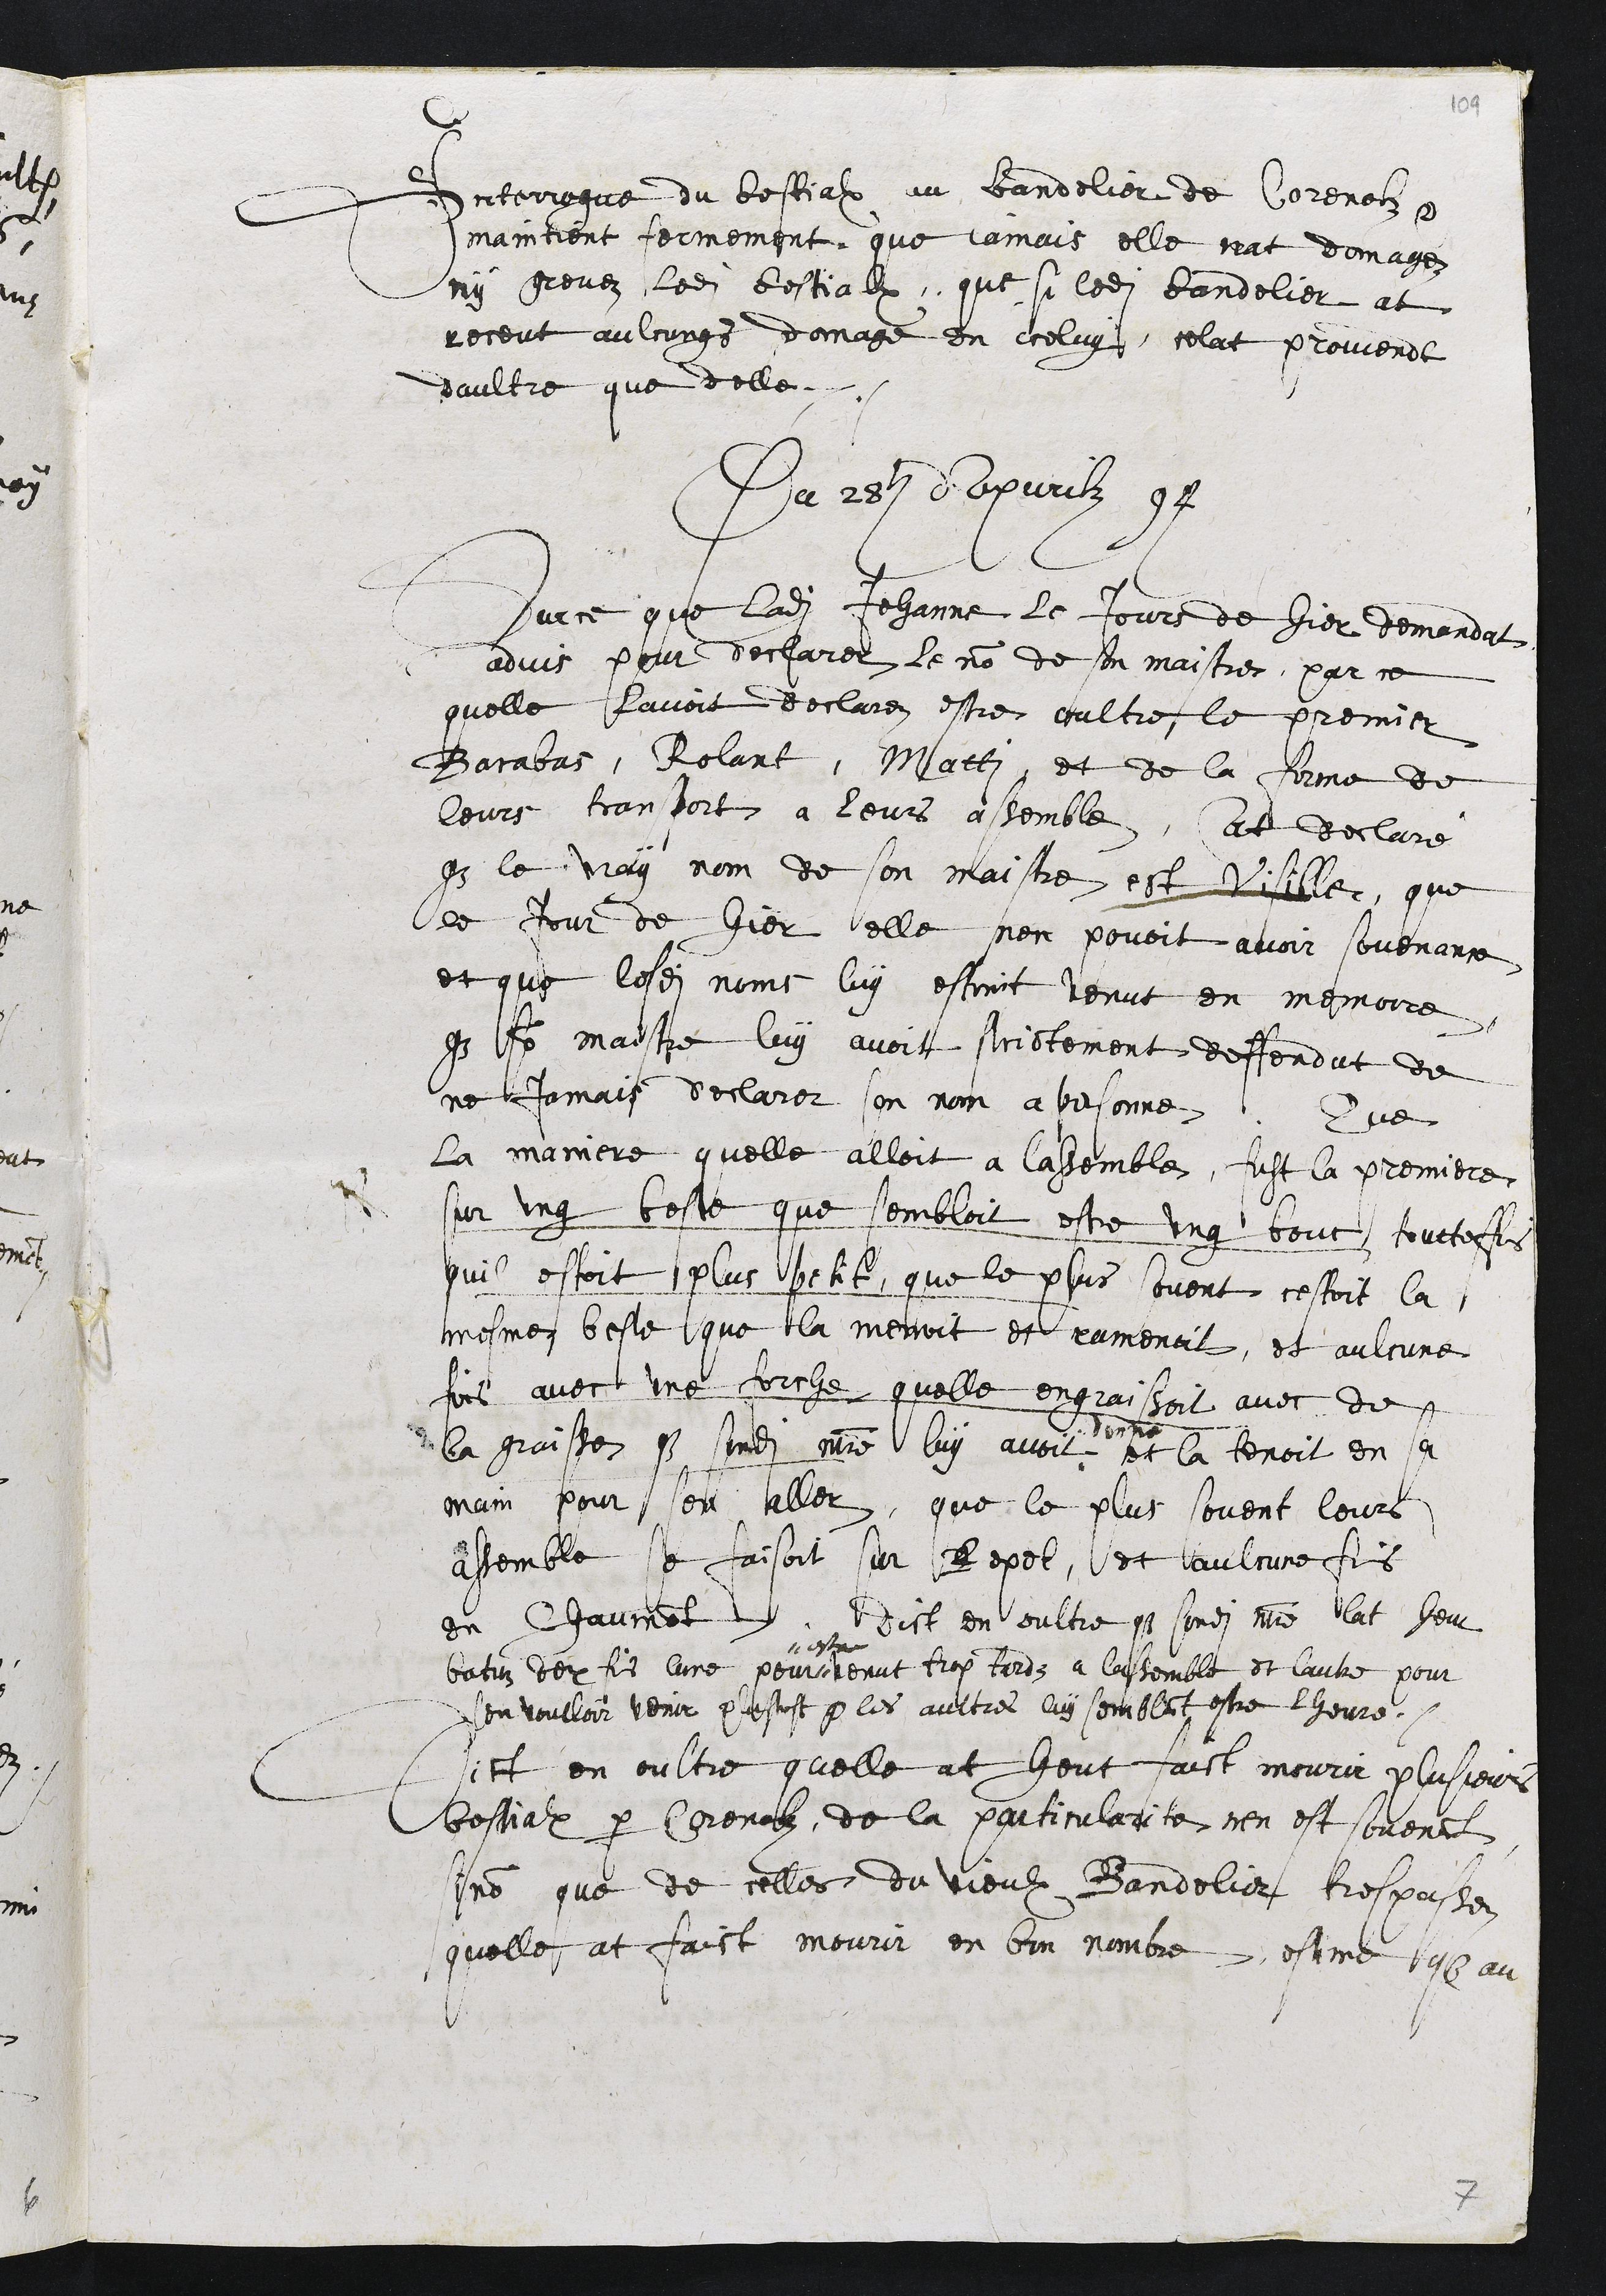
Interrogue du bestialx au bandelier de Corenolz
maintient fermement que jamais elle nat domagez
ny grevez ledit bestialx, que si ledit bandelier at
receut aulcungs domage en iceluy, celat provient
daultre que delle.
Du 28 dapvrilz 94
Sur ce que ladite Jehanne le Jours de hier demandat
advis pour declarer le nom de son maistre, par ce
quelle lavoit declarez estre oultre le premier
Barabas, Rolant, Matti, et de la forme de
leurs transport a leurs assemble, At declaré
que le vray nom de son maistre et Visille, que
le jour de hier elle nen povoit avoir sovenance
et que lesdits noms luy estoint venut en memoire,
que son maistre luy avoit strictement deffendut de
ne jamais declarer son nom a personne, Que
la maniere quelle alloit a lassemble, fust la premiere,
sur ung beste que sembloit estre ung bouc toutteffois
quil estoit plus petit que le plus sovent cestoit la
mesme beste que la menoit et ramenoit, et aulcune
fois avec une forche quelle engraissoit avec de
la graisse que sondit maistre luy avoit
donne
et la tenoit en sa
main pour sen aller, que le plus souvent leurs
assemble se faisoit sur Repet, et aulcune fois
en Chaumont, dict en oultre que sondit maistre lat heut
batuz deux fois lune pour #
# estre
venut trop tard a lassemble et lautre pour
sen voulloir venir plustost que les aultres luy semblant estre lheure
Dict en oultre quelle at heut faict mourir plusieurs
bestialx par Corenolz, de la particularite nen est souvenant
sinon que de celles du vieulx Bandelier trespassez
quelle at faict mourir en bon nombre estime que au
7